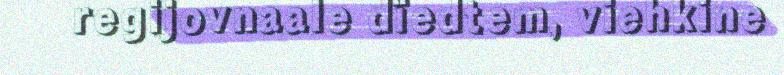
regijovnaale dïedtem, viehkine